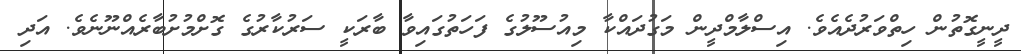
ދީނީގޮތުން ހިތްވަރުދެއެވެ. އިސްލާމްދީން މަގުދައްކާ މިއުސޫލުގެ ފަހަތުގައިވާ ބާރަކީ ސަރުކާރުގެ ގޮށްމުށުބާރެއްނޫނެވެ. އަދި